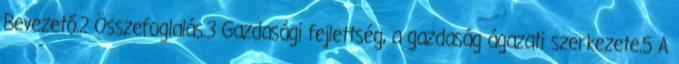
Bevezető.2 Összefoglalás.3 Gazdasági fejlettség, a gazdaság ágazati szerkezete.5 A